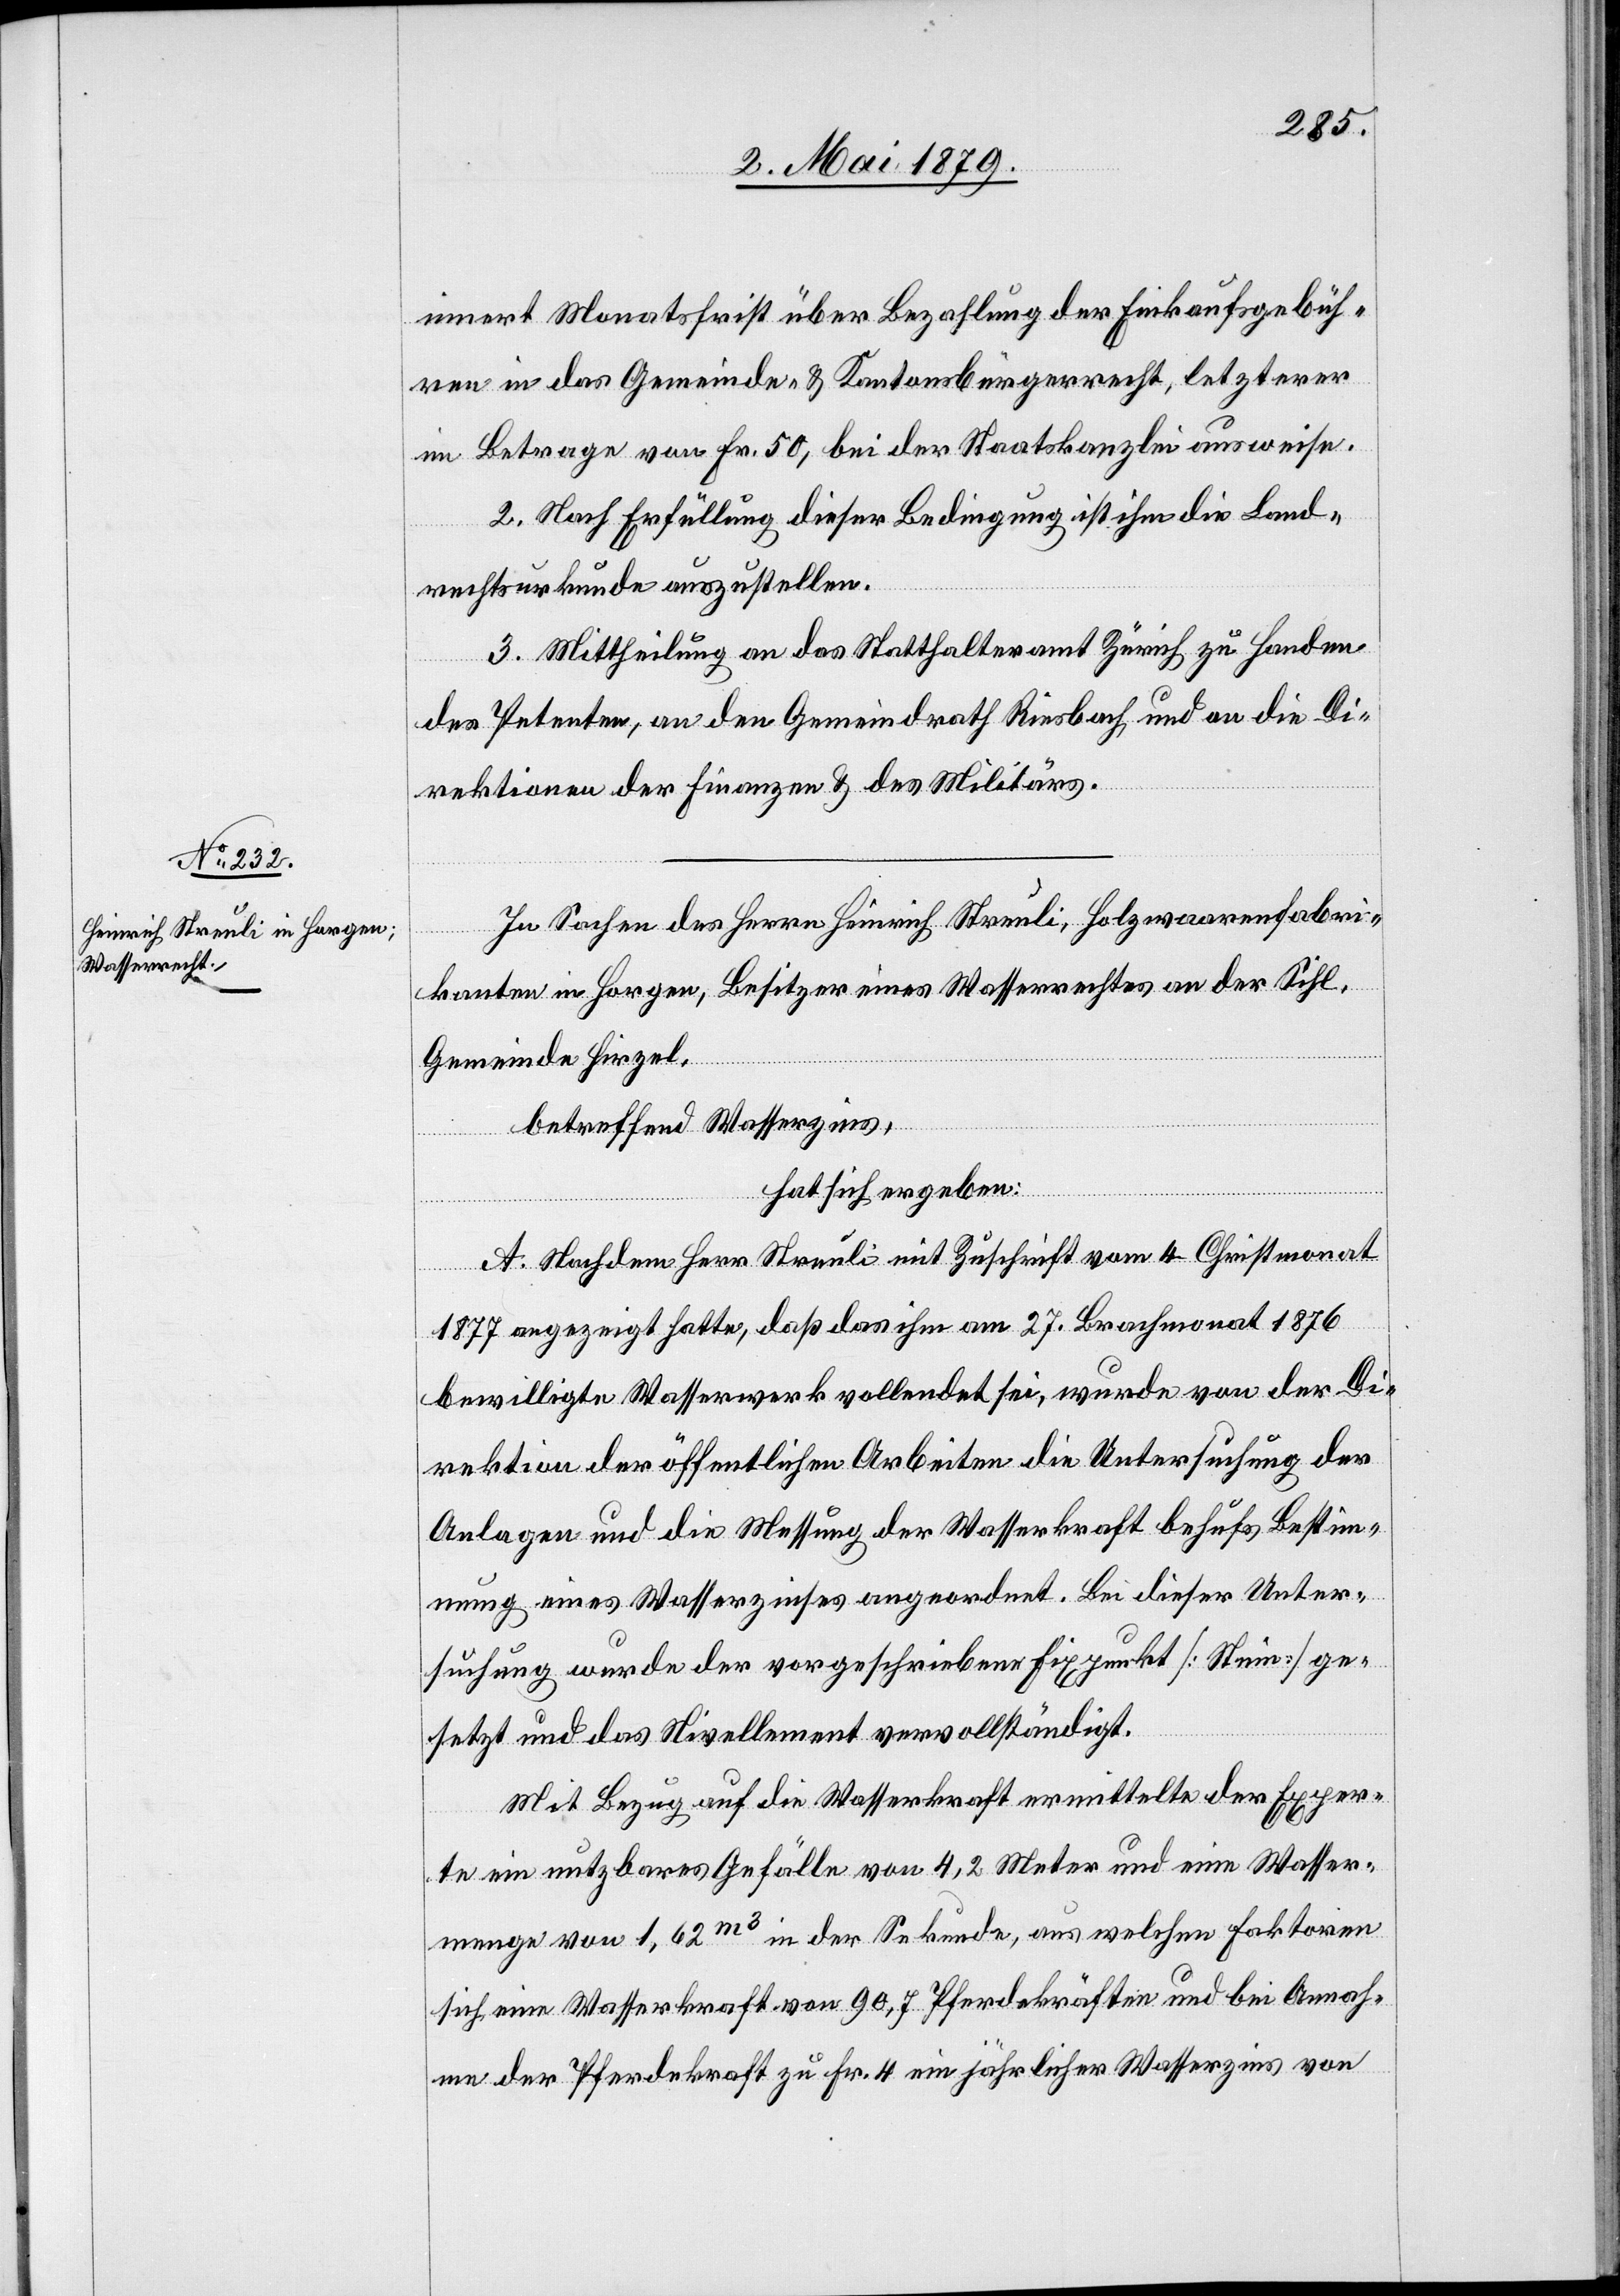
innert Monatsfrist über Bezahlung der Einkaufsgebüh¬
ren in das Gemeinde- & Kantonsbürgerrecht, letzterer
im Betrage von Fr. 50, bei der Staatskanzlei ausweise.
2. Nach Erfüllung dieser Bedingung ist ihm die Land¬
rechtsurkunde auszustellen.
3. Mittheilung an das Statthalteramt Zürich zu Handen
des Petenten, an den Gemeindrath Riesbach und an die Di¬
rektionen der Finanzen & des Militärs.
In Sachen des Herrn Heinrich Streuli, Holzwaarenfabri¬
kanten in Horgen, Besitzer eines Wasserrechtes an der Sihl,
Gemeinde Hirzel,
betreffend Wasserzins,
hat sich ergeben:
A. Nachdem Herr Streuli mit Zuschrift vom 4. Christmonat
1877 angezeigt hatte, daß das ihm am 27. Brachmonat 1876
bewilligte Wasserwerk vollendet sei, wurde von der Di¬
rektion der öffentlichen Arbeiten die Untersuchung der
Anlagen und die Messung der Wasserkraft behufs Bestimm¬
ung eines Wasserzinses angeordnet. Bei dieser Unter¬
suchung wurde der vorgeschriebene Fixpunkt [Stein] ge¬
setzt und das Nivellement vervollständigt.
Mit Bezug auf die Wasserkraft ermittelte der Exper¬
te ein nutzbares Gefälle von 4,2 Meter und eine Wasser¬
menge von 1,62m3 in der Sekunde, aus welchen Faktoren
sich eine Wasserkraft von 90,7 Pferdekräften und bei Annah¬
me der Pferdekraft zu Fr. 4 ein jährlicher Wasserzins von